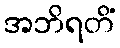
အဘိရတိံ